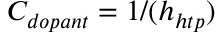
C _ { d o p a n t } = 1 / ( h _ { h t p } )